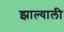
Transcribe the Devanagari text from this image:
झाल्याली